Report of the Municipal Commissioner on the plague in Bombay for the year ending 31st May... - Volume 1
Disease focus: Plague
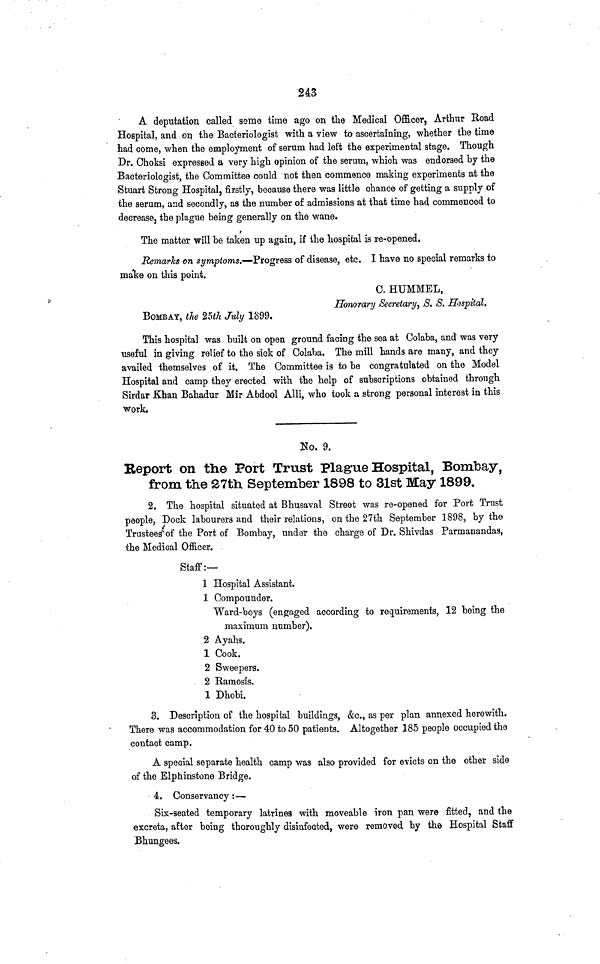
243
A deputation called some time ago on the Medical Officer, Arthur Road
Hospital, and on the Bacteriologist with a view to ascertaining, whether the time
had come, when the employment of serum had left the experimental stage. Though
Dr. Choksi expressed a very high opinion of the serum, which was endorsed by the
Bacteriologist, the Committee could not then commence making experiments at the
Stuart Strong Hospital, firstly, because there was little chance of getting a supply of
the serum, and secondly, as the number of admissions at that time had commenced to
decrease, the plague being generally on the wane.
The matter will be taken up again, if the hospital is re-opened.
Remarks on symptoms.—Progress of disease, etc. I have no special remarks to
make on this point.
C. HUMMEL,
Honorary Secretary, S. S. Hospital.
BOMBAY, the 25th July 1899.
This hospital was built on open ground facing the sea at Colaba, and was very
useful in giving relief to the sick of Colaba. The mill hands are many, and they
availed themselves of it. The Committee is to be congratulated on the Model
Hospital and camp they erected with the help of subscriptions obtained through
Sirdar Khan Bahadur Mir Abdool Alli, who took a strong personal interest in this
work.
No. 9.
Report on the Fort Trust Plague Hospital, Bombay,
from the 27th. September 1898 to 31st May 1899.
2. The hospital situated at Bhusaval Street was re-opened for Port Trust
people, Dock labourers and their relations, on the 27th September 1898, by the
Trustees of the Port of Bombay, under the charge of Dr. Shivdas Parmanandas,
the Medical Officer.
Staff:—
1 Hospital Assistant.
1 Compounder.
Ward-boys (engaged according to requirements, 12 being the
maximum number).
2 Ayahs.
1 Cook.
2 Sweepers.
2 Ramosis.
1 Dhobi.
3. Description of the hospital buildings, &c., as per plan annexed herewith.
There was accommodation for 40 to 50 patients. Altogether 385 people occupied the
contact camp.
A special separate health camp was also provided for evicts on the other side
of the Elphinstone Bridge.
4. Conservancy :—
Six-seated temporary latrines with moveable iron pan were fitted, and the
excreta, after being thoroughly disinfected, were removed by the Hospital Staff
Bhungees.